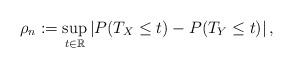
LaTeX: \begin{align*}\rho_n:=\sup_{t\in\mathbb{R}}\left|P(T_X\leq t)-P(T_Y\leq t)\right|,\end{align*}